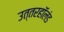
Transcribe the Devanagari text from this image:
उत्तरहॉलंड